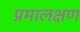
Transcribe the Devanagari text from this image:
प्रमालक्षण